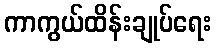
ကာကွယ်ထိန်းချုပ်ရေး